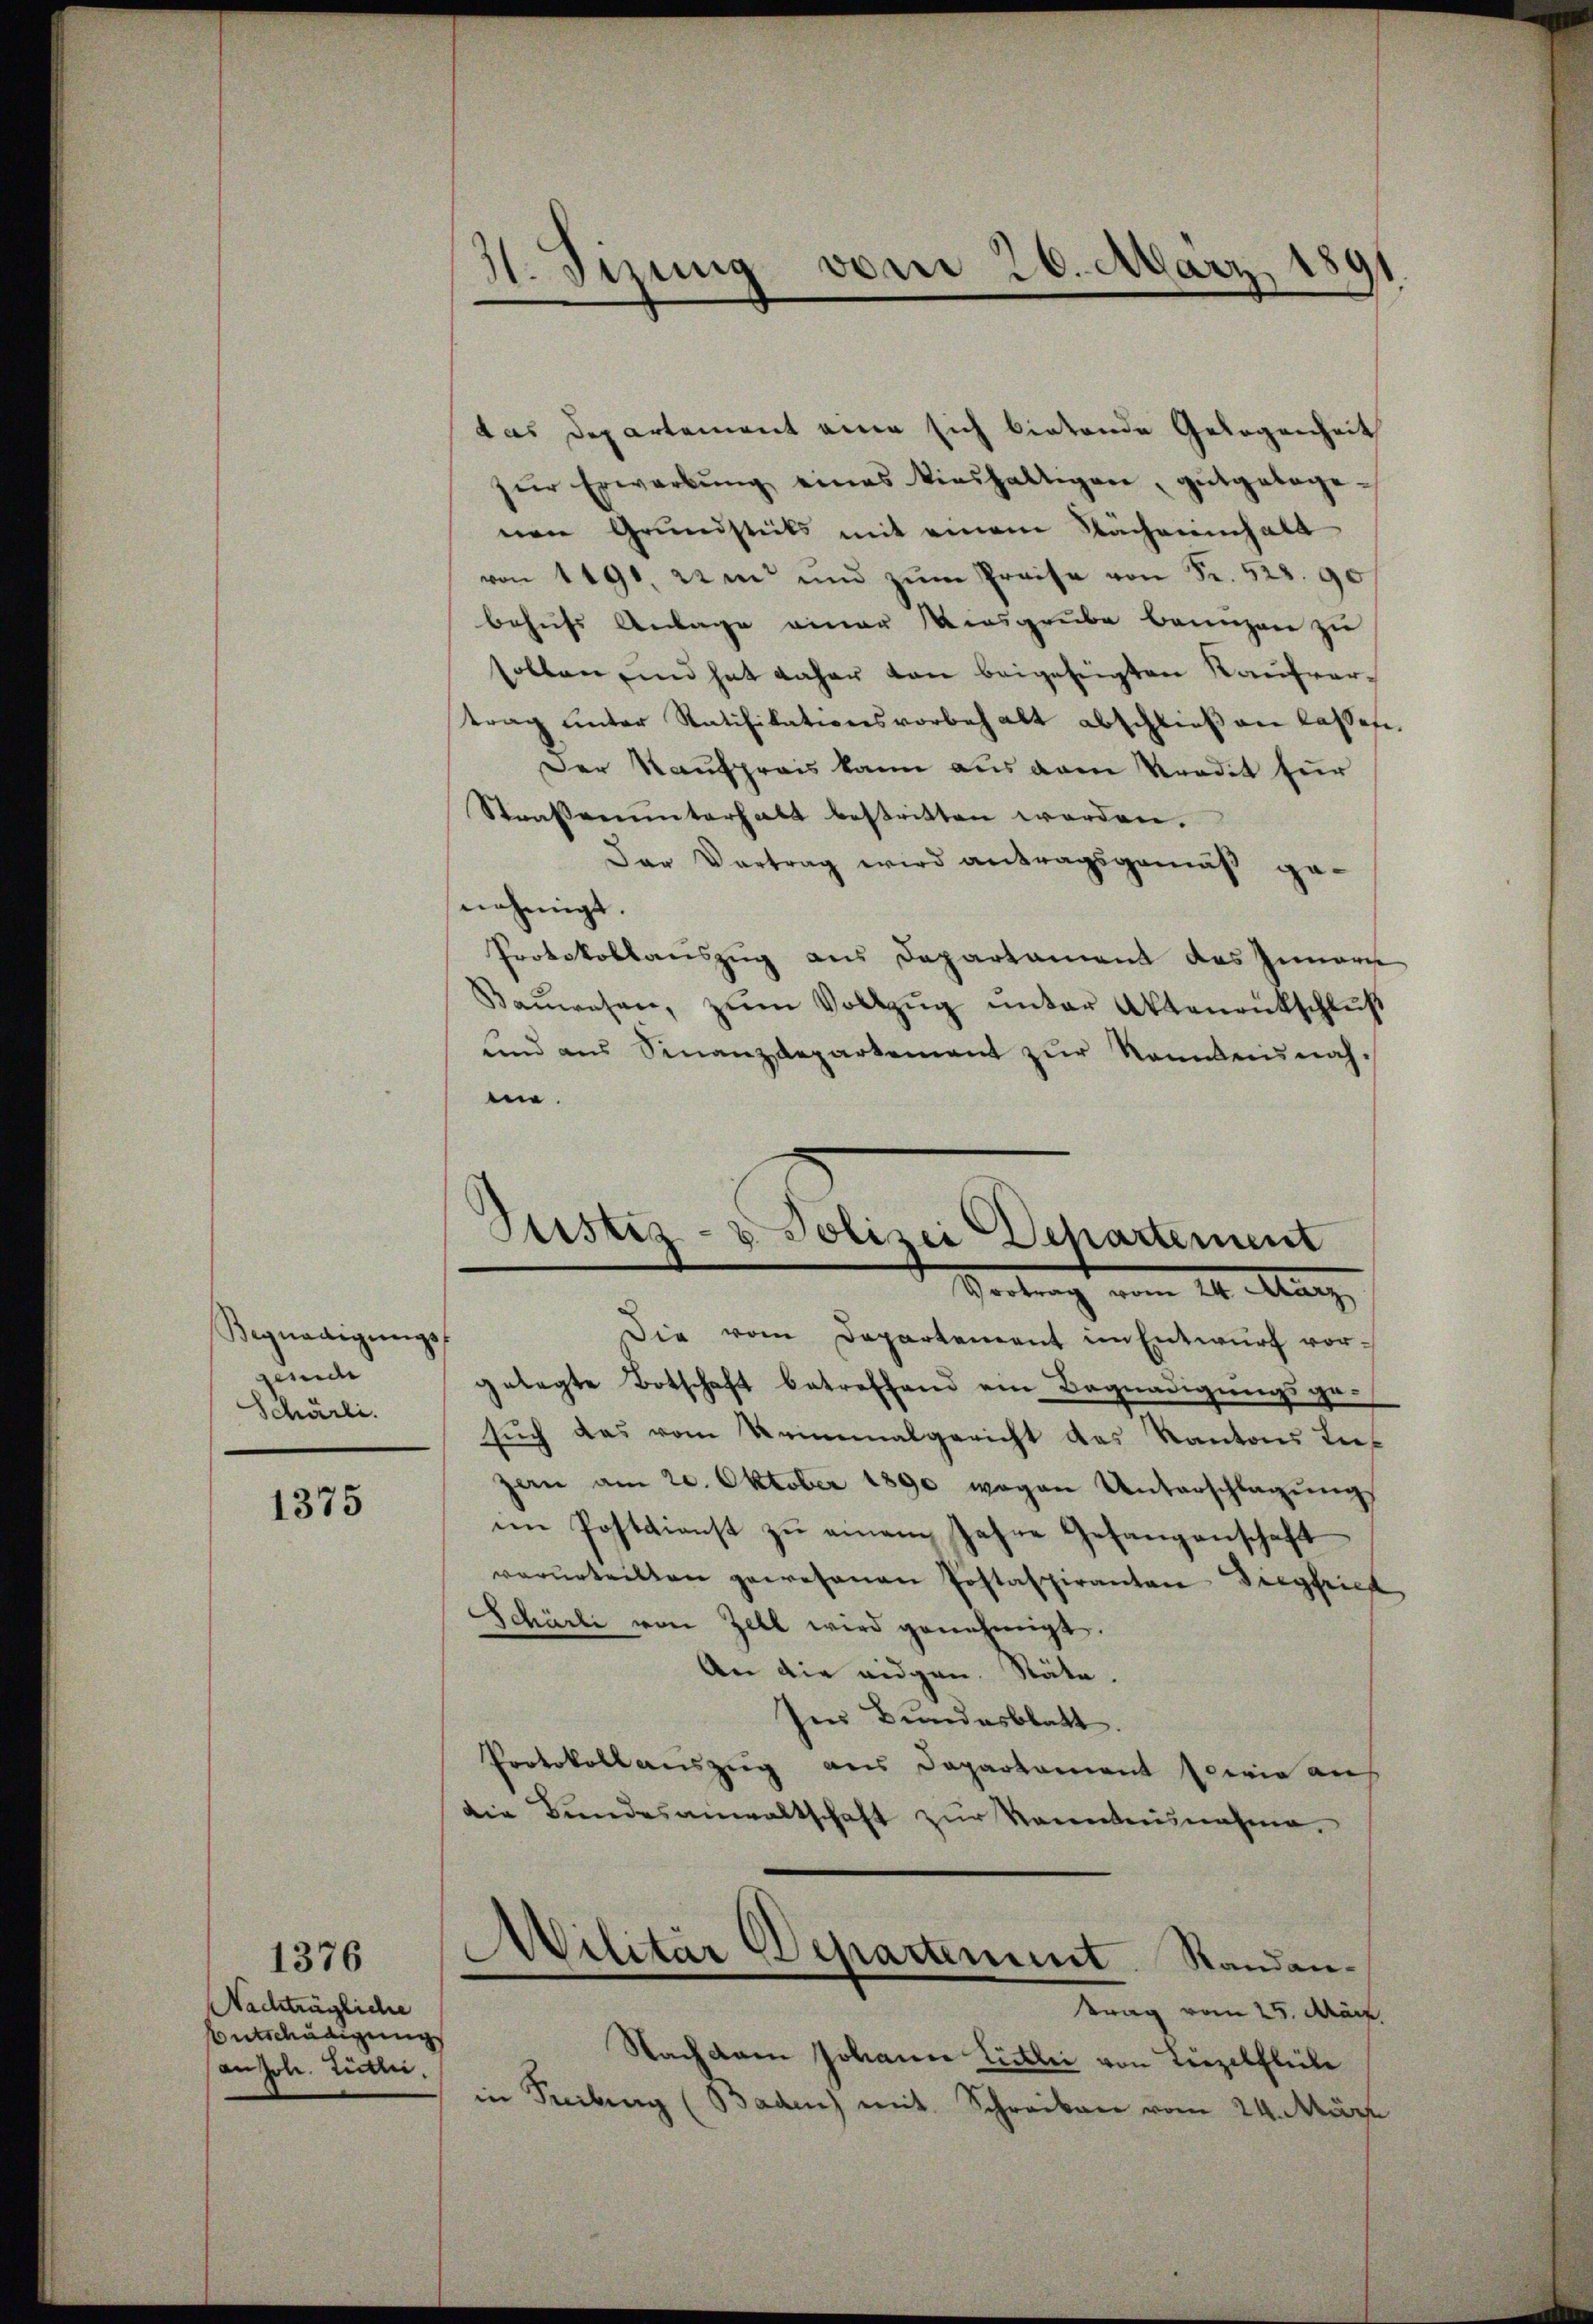
Begnadigŭngs-
gende
Schürli

1375

Nachträgliche
Entschädigung
anzol. Littei

1376

4. Tizung vom 26. März 1

das Departement eine sich bietende Gelegenheit
zŭr Erwerbŭng eines Kieshaltigen, gutgeboge-
nen Grundstüks mit einem Nächeninhalt
von 1490, am und zŭm Preise von Fr. 528. 90
behufs Anlage einer Kiesgrube baanzen zu
sollen, und hat daher von beigefügten Kaufvertrag ŭnter Ratifikationsvorbehalt abschlieβen lassen.
Der Kaufpreis kann aus dem Verdit für
Straßenunterhalt bestritten worden.
Der Vortrag wird antragsgemäß genehmigt.
Protokollauszug aus Departament des Innern
Baŭwesen, zŭm Vollzŭg ŭnter Aktenrütschlŭβ
und aus Sinanzdepartement zŭr Sonntens nah-
nie.
Vortrag vom 24. März
Die vom Departement im Entwurf vorgelegte Botschaft betreffend ein Begnadigungsgesuch das vom Reinemalgericht das Kantons Luzan am 20. Oktober 1890 wegen Unterschlagŭng
im Postdienst zŭ einem Jahre Gefangenschaft
verurteilten gewesenen Postaspiranten Siegfried
Schärli von Zell wird genehmigt.
An die eidgen. Stäte.
ser Bundesblatt
Protokoll auszeig aus Departament sowie an
die Bundesanwaltschaft zŭr Kenntensnahme,
Militär Departement. Randantrag vom 24. März
Nachdem Johann Lietli von Liezelflecke
in Teilung (Baden) mit Schreiben vom 24. März

Justiz- & Polizei-Departement